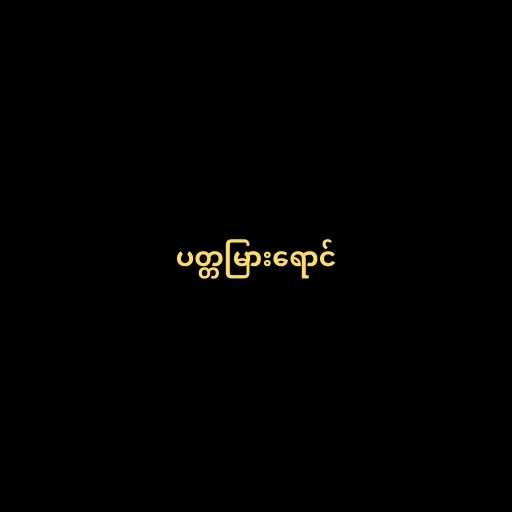
ပတ္တမြားရောင်